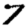
Digit: 7